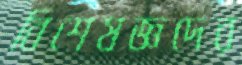
বিশেষজ্ঞদের